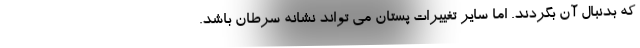
که بدنبال آن بگردند. اما سایر تغییرات پستان می تواند نشانه سرطان باشد.